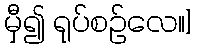
မှီ၍ ရုပ်စဉ်လေ။]